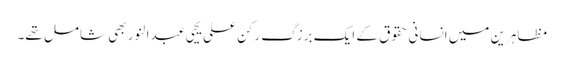
مظاہرین میں انسانی حقوق کے ایک برزگ رکن علی یحیی عبدالنور بھی شامل تھے۔